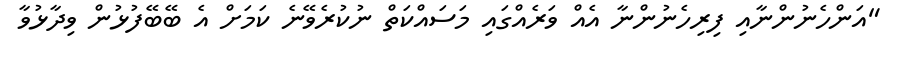
"އަންހެނުންނާއި ފިރިހެނުންނާ އެއް ވަރެއްގައި މަސައްކަތް ނުކުރެވޭނެ ކަމަށް އެ ބޭބޭފުޅުން ވިދާޅުވާ